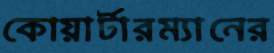
কোয়ার্টারম্যানের